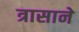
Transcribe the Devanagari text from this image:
त्रासाने